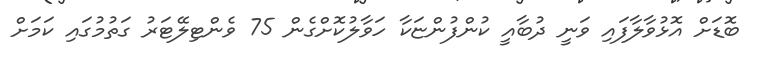
ބޮޑަށް އޮޅުވާލާފައި ވަނީ ދުބާއީ ކުންފުންޏަކާ ހަވާލުކޮށްގެން 75 ވެންޓިލޭޓަރު ގަތުމުގައި ކަމަށް